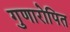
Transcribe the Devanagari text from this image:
गुणारोपित